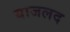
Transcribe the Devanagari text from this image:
याजलद